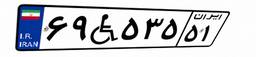
۶۹W۵۳۵۵۱